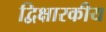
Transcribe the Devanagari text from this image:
द्विक्षारकीय